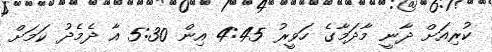
ކުރިއަށް ދާނީ މާދަމާގެ ހަވީރު 4:45 އިން 5:30 އާ ދެމެދު ކަމަށް